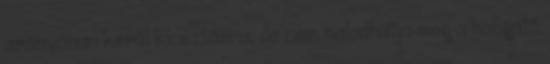
arányában kerül kiosztásra, de nem haladhatja meg a hallgató